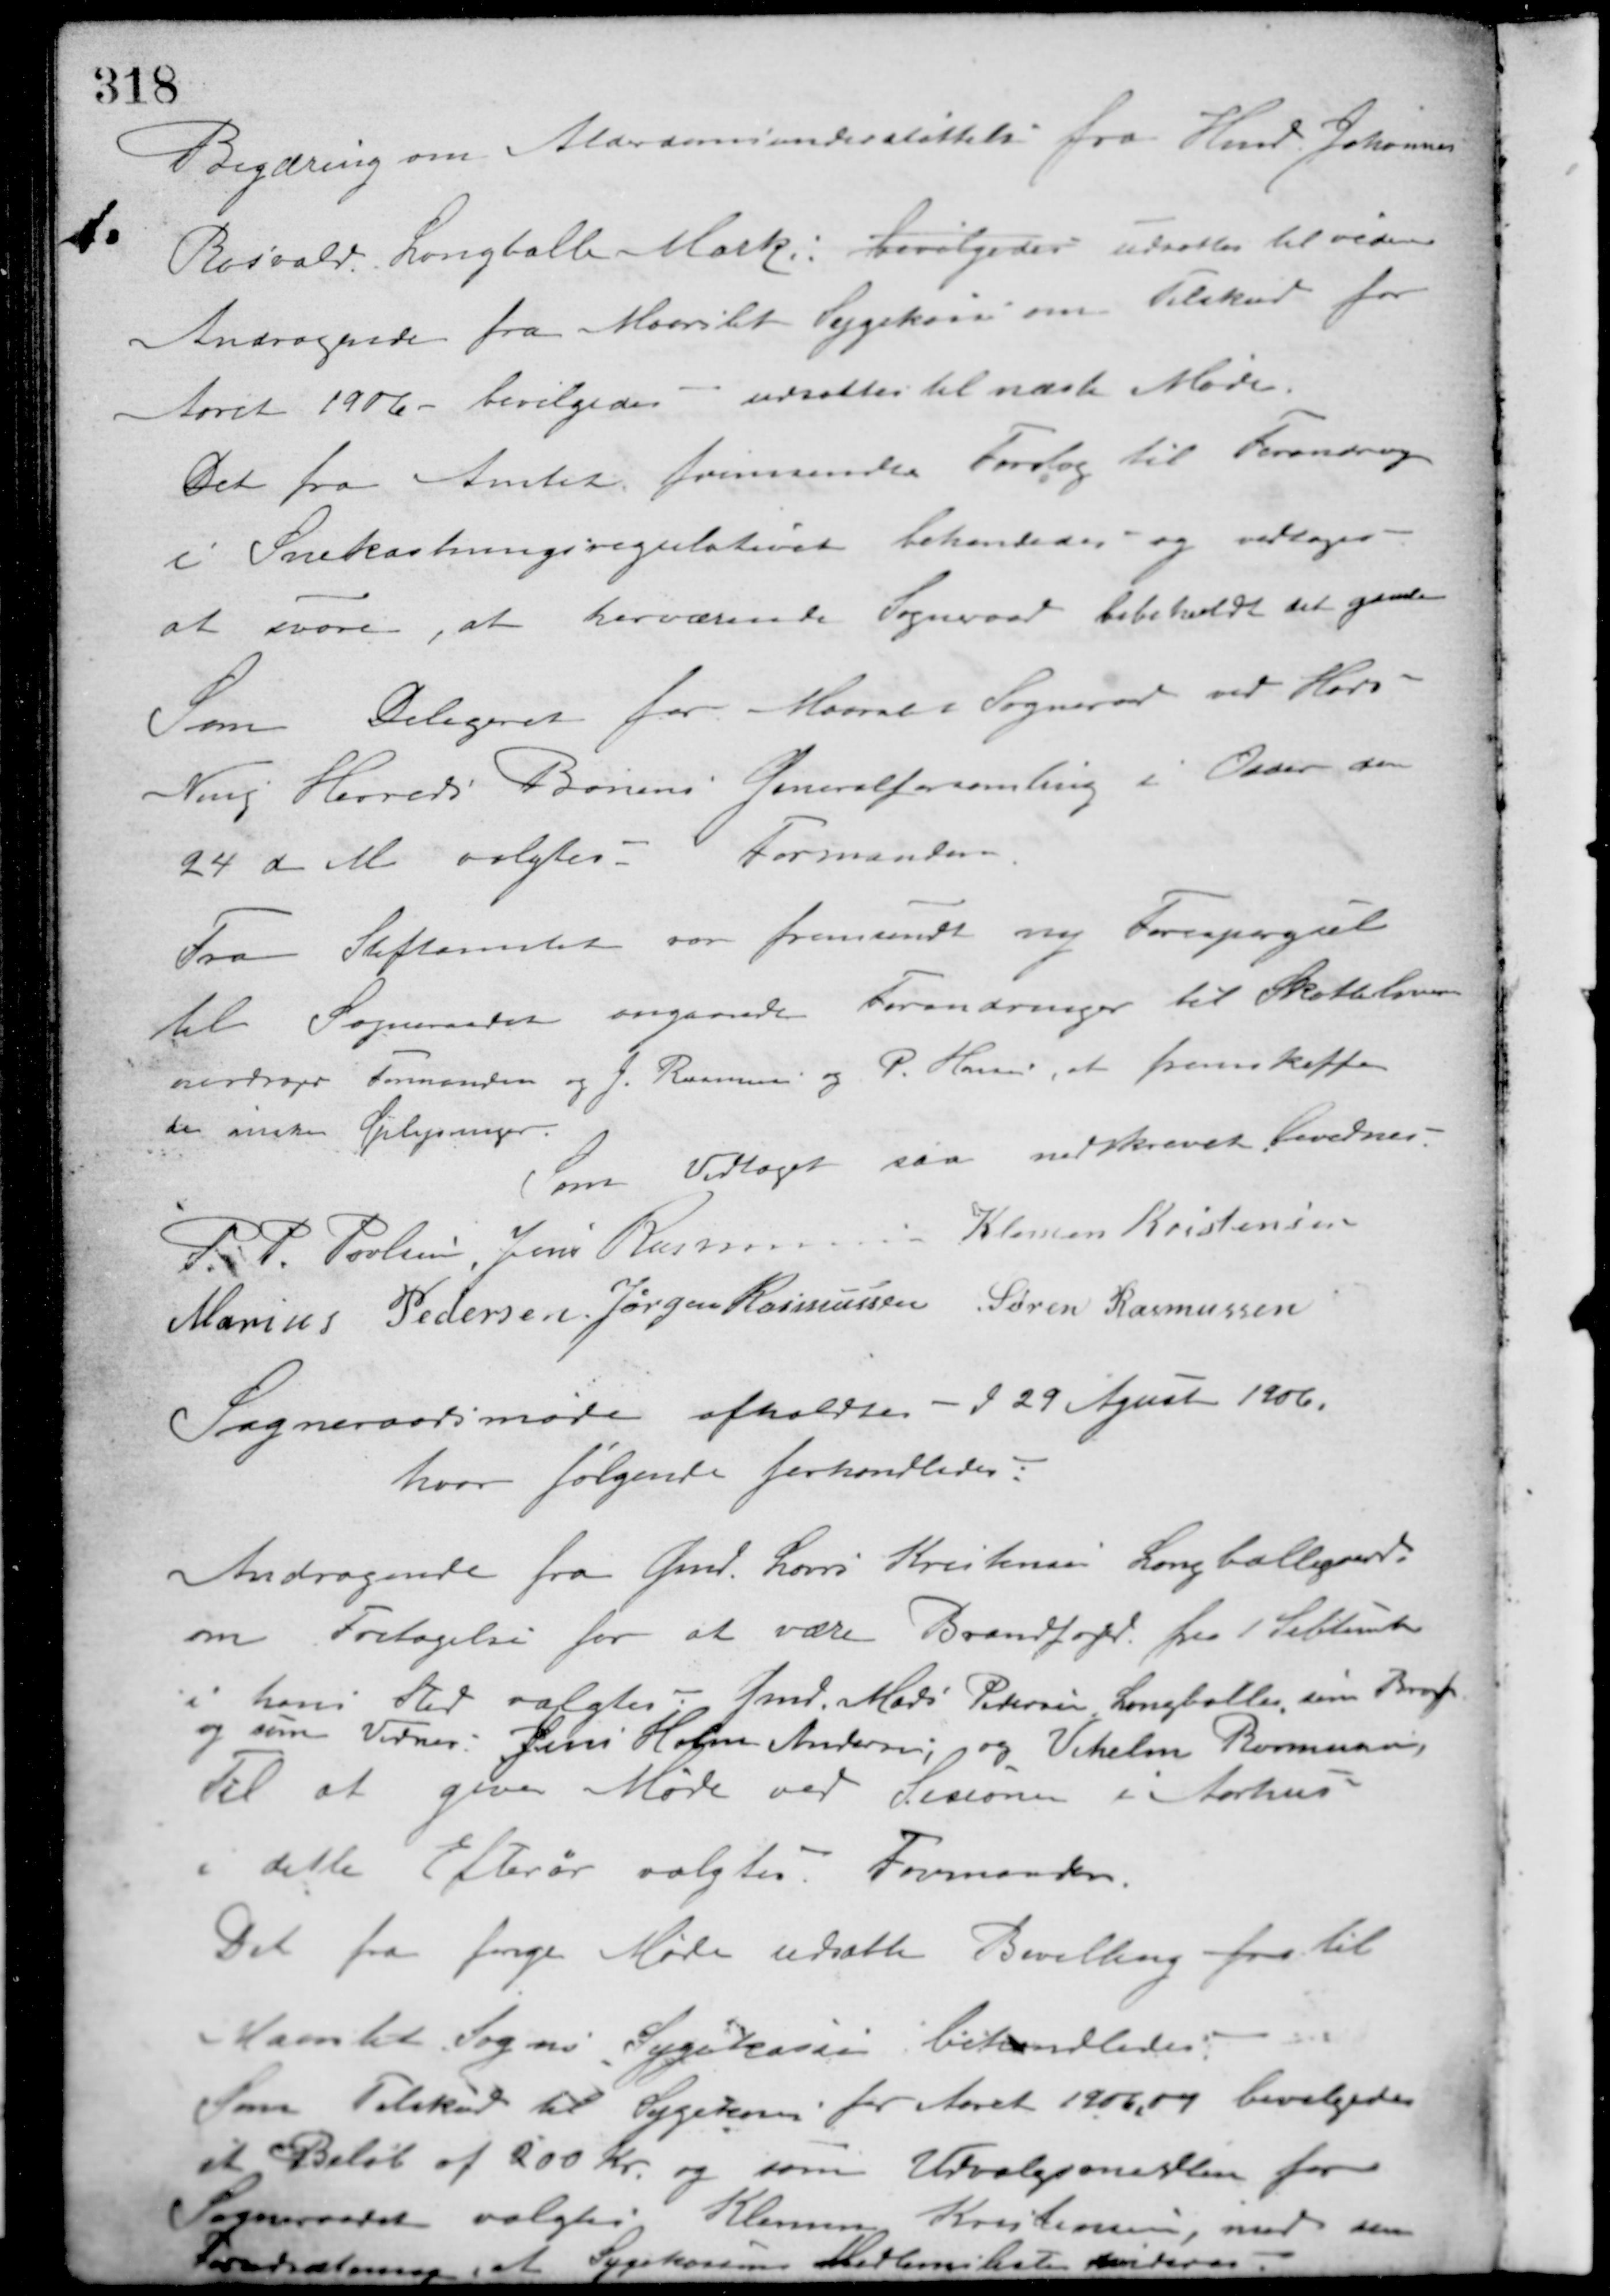
Transskription:
1.
Begæring om Alderdomsunderstøttelse fra Hmd. Johannes
Rosvald, Langballe Mark. Bevilgedes udsættes til senere.
Andragende fra Maarslet Sygekasse om Tilskud for
Aaret 1906 - bevilgedes - udsattes til næste Møde.
Det fra Amtet fremsendte Forslag til Forandring
i Snekastningsregulativet behandledes og vedtoges
at svare, at herværende Sogneraad bibeholdt det gamle.
Som Delegeret for Maarslet Sogneråd ved Hads-
Ning Herreds Banens Generalforsamling i Odder den
24 d. M. valgtes Formanden.
Fra Stiftamtet var fremsendt ny Forespørgsel
til Sogneraadet angaaende Forandringer til Skatteloven
overdroges Formanden og J. Rasmussen og P. Hansen, at fremskaffe
de ønskede Oplysninger.
Som Vedtaget saa nedskrevet Bevidnes
P. P. Poulsen Jens Rasmussen
Klemen Kristensen
Marius Pedersen Jørgen Rasmussen Søren Rasmussen
Sogneraadsmøde afholdtes - d 29 August 1906,
hvor følgende forhandledes:
Andragende fra Gmd. Laurs Kristensen Langballegaard
om Fritagelse for at være Brandfoged fra 1 September
i hans Sted valgtes: Hmd. Mads Petersen Langballe, som Brandf.
og som Vidner: Jens Holm Andersen og Vihelm Rasmusen.
Til at give Møde ved Sesionen i Aarhus
i dette Efterår valgtes Formanden.
Det fra forrige Møde udsatte Bevilling fra til
Maarslet Sogns Sygekasse behandledes.
Som Tilskud til Sygekassen for Aaret 1906-07 bevilgedes
et Beløb af 200 Kr. og som Udvalgsmedlem for
Sogneraadet valgtes Klemen Kristensen, med den
Forudsætning,
at Sygekassens Medlemsliste revideres